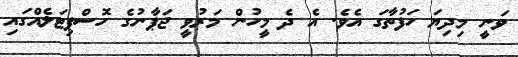
ވަނީ މިދިޔަ ހަފުތާގަ އެވެ. އެ ދެ މީހުން މަރުވީ ޖަޕާނުގެ ހޮސްޕިޓަލެއްގައި